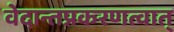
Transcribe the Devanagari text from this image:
वेदान्तप्रकरणत्वात्